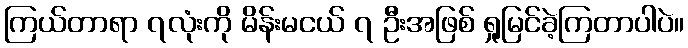
ကြယ်တာရာ ၇လုံးကို မိန်းမငယ် ၇ ဦးအဖြစ် ရှုမြင်ခဲ့ကြတာပါပဲ။